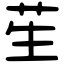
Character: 苼